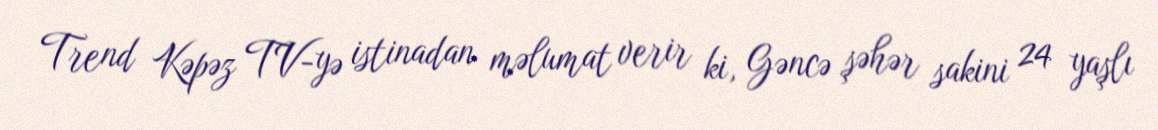
Trend Kəpəz TV-yə istinadan məlumat verir ki, Gəncə şəhər sakini 24 yaşlı